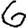
Digit: 6